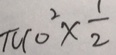
\pi 1 0 ^ { 2 } \times \frac { 1 } { 2 }